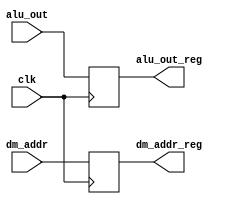
module ALU_reg(clk,alu_out,alu_out_reg,dm_addr,dm_addr_reg);   //ALUdm
  input clk;
  input[31:0] alu_out;
  output reg[31:0] alu_out_reg;
  input[13:0] dm_addr;
  output reg[13:0] dm_addr_reg;
  always@(posedge clk)
  begin
    alu_out_reg<=alu_out;
    dm_addr_reg<=dm_addr;
  end
endmodule